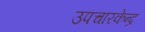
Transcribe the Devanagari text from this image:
उपचारकेन्द्र